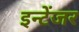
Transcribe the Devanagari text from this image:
इन्टेंजर